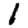
Digit: 1